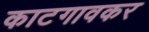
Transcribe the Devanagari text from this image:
काटगावकर